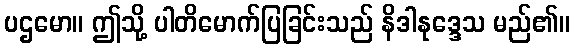
ပဌမော။ ဤသို့ ပါတိမောက်ပြခြင်းသည် နိဒါနုဒ္ဒေသ မည်၏။